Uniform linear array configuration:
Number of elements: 32
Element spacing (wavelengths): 0.25
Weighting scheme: exponential
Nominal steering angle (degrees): -60
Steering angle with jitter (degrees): -59.588
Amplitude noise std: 0.05
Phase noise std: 0.05

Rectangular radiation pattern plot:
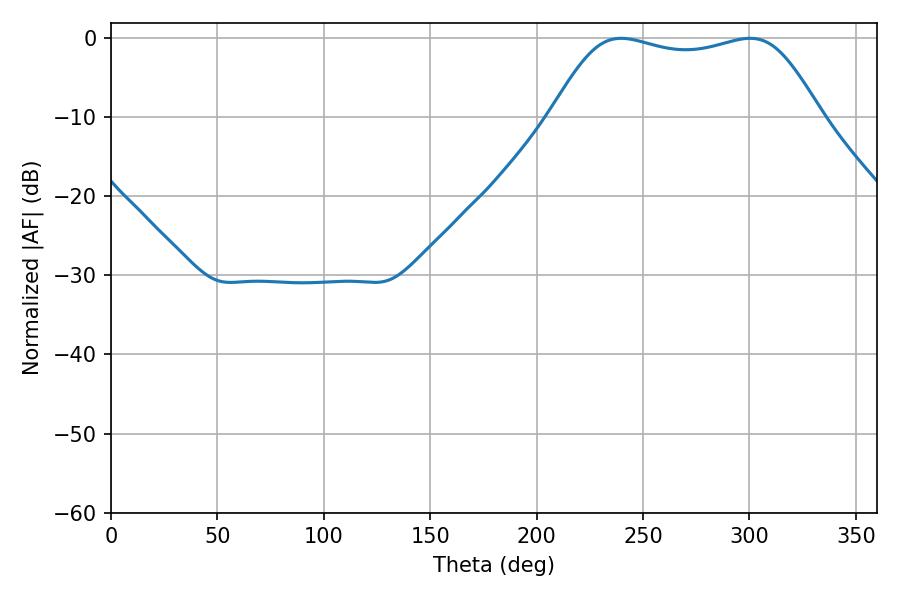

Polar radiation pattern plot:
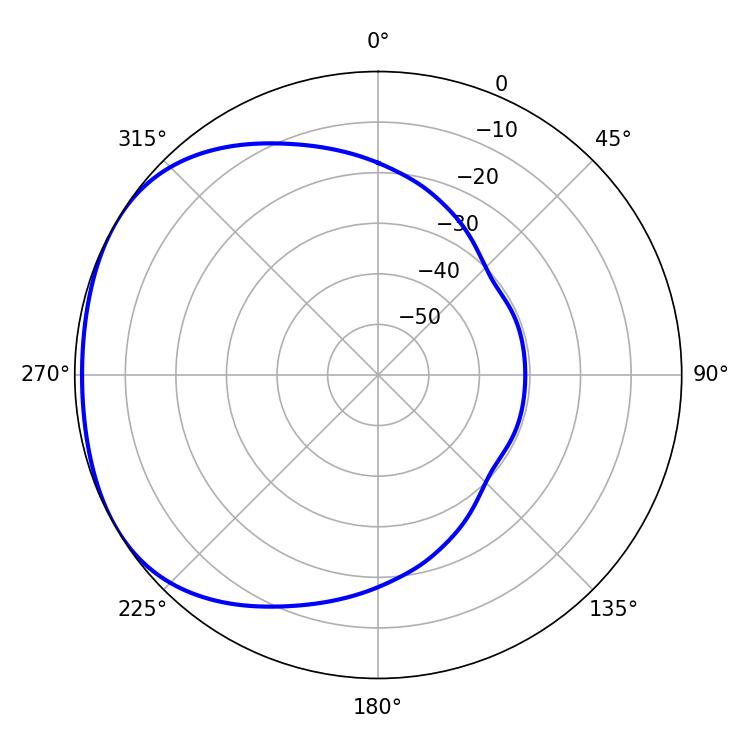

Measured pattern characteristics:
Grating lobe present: FALSE
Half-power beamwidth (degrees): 97.2
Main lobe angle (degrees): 239.76